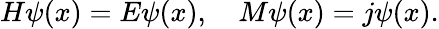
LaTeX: H\psi(x)=E\psi(x),\quad M\psi(x)=j\psi(x).